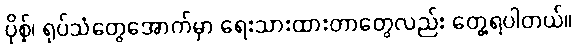
ပိုစ့်၊ ရုပ်သံတွေအောက်မှာ ရေးသားထားတာတွေလည်း တွေ့ရပါတယ်။